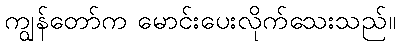
ကျွန်တော်က မောင်းပေးလိုက်သေးသည်။